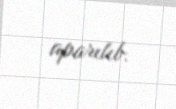
aparılıb.